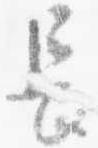
長